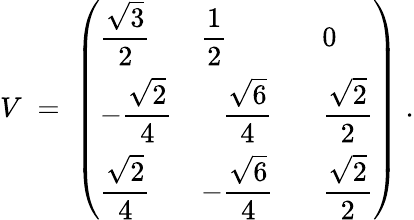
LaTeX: V\; =\; \left(\begin{array}{lll}{{\displaystyle\frac{\sqrt{3}}{2}}}&{{\displaystyle\frac{1}{2}}}&{{0}}\\ {{-\displaystyle\frac{\sqrt{2}}{4}}}&{{~~~\displaystyle\frac{\sqrt{6}}{4}~~~}}&{{\displaystyle\frac{\sqrt{2}}{2}}}\\ {{\displaystyle\frac{\sqrt{2}}{4}}}&{{-\displaystyle\frac{\sqrt{6}}{4}}}&{{\displaystyle\frac{\sqrt{2}}{2}}}\end{array}\right)\; .